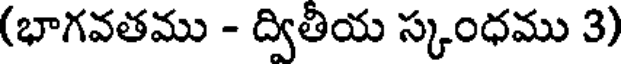
(భాగవతము - ద్వితీయ స్కంధము 3)